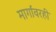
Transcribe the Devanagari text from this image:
मार्गांवरही